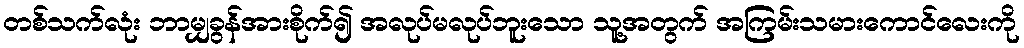
တစ်သက်လုံး ဘာမျှခွန်အားစိုက်၍ အလုပ်မလုပ်ဘူးသော သူ့အတွက် အကြမ်းသမားကောင်လေးကို